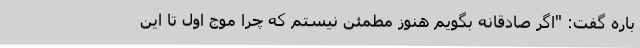
باره گفت: "اگر صادقانه بگویم هنوز مطمئن نیستم که چرا موج اول تا این